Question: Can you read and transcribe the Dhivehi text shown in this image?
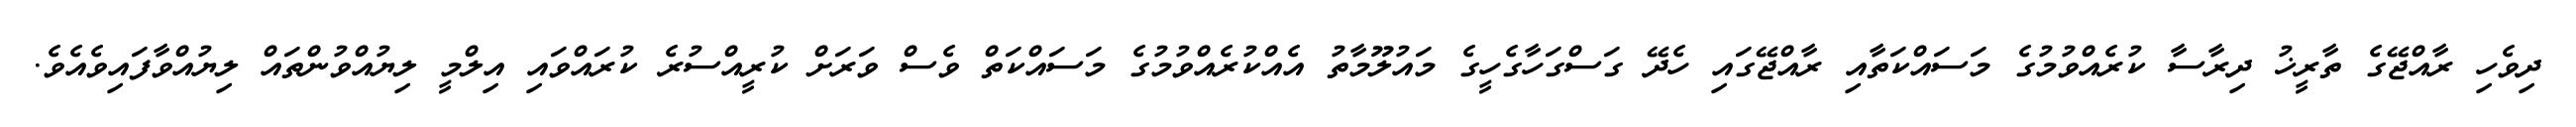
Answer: ދިވެހި ރާއްޖޭގެ ތާރީޚު ދިރާސާ ކުރެއްވުމުގެ މަސައްކަތާއި ރާއްޖޭގައި ހެދޭ ގަސްގަހާގެހީގެ މައުލޫމާތު އެއްކުރެއްވުމުގެ މަސައްކަތް ވެސް ވަރަށް ކުރީއްސުރެ ކުރައްވައި އިލްމީ ލިޔުއްވުންތައް ލިޔުއްވާފައިވެއެވެ.